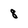
Character: 8